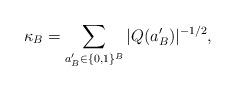
LaTeX: \begin{align*}\kappa_{B}=\sum_{a'_{B}\in\{0,1\}^{B}}|Q(a_{B}')|^{-1/2},\end{align*}